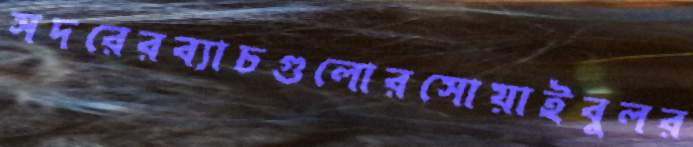
সদরেরব্যাচগুলোরসোয়াইবুলর